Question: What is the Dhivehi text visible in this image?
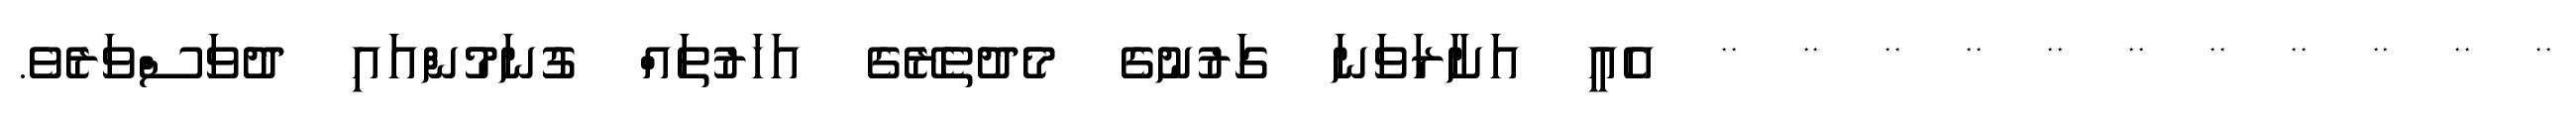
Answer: ** ** ** ** ** ** ** ** ** ** ** އެއީ އަށާރަވަނަ ގަރުނުގެ މެދުތެރޭގެ އަހަރުތައް ގުނަމުންއައި ދުވަސްވަރެވެ.